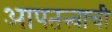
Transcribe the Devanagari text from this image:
आपतत्त्वाची